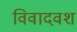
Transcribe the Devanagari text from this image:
विवादवश